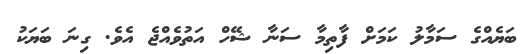
ބަޔެއްގެ ސަމާލު ކަމަށް ފާތިމާ ސަނާ ޝޭހް އަތުވެއްޖެ އެވެ. ގިނަ ބަޔަކު